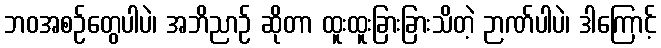
ဘဝအစဉ်တွေပါပဲ၊ အဘိညာဉ် ဆိုတာ ထူးထူးခြားခြားသိတဲ့ ဉာဏ်ပါပဲ၊ ဒါကြောင့်